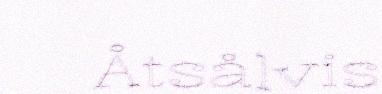
Åtsålvis